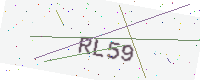
Text: RL59